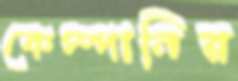
কেম্পানির